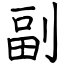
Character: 副